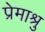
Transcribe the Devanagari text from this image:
प्रेमाश्रु